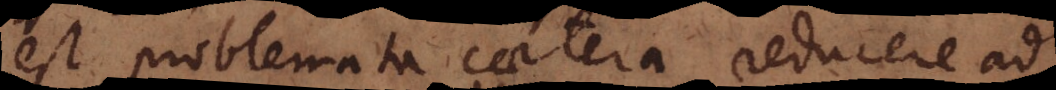
est problemata caetera reducere ad